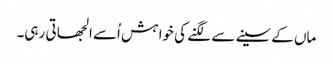
ماں کے سینے سے لگنے کی خوا ہش اُسے الجھا تی رہی۔